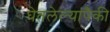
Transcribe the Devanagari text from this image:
घेतलेल्यांपैकी